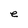
Character: e